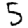
Digit: 5